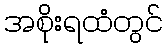
အစိုးရထံတွင်